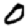
Digit: 0